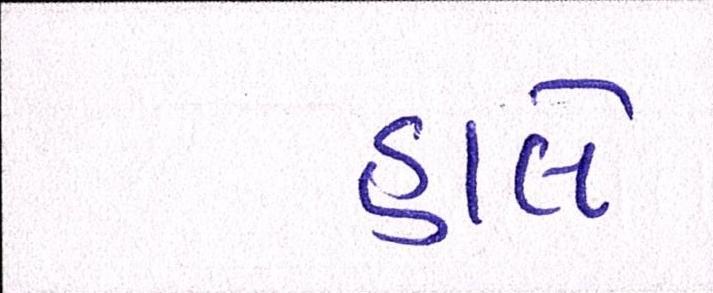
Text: હાલે